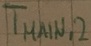
Text: TMAIN,2